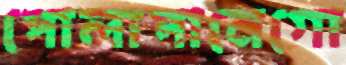
পোলাপানেগো